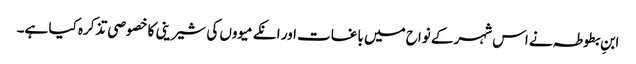
ابنِ بطوطہ نے اس شہر کے نواح میں باغات اور انکے میووں کی شیرینی کا خصوصی تذکرہ کیا ہے۔